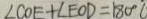
\angle C O E + \angle E O D = 1 8 0 ^ { \circ }